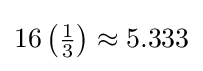
16\left({\tfrac {1}{3}}\right)\approx 5.333